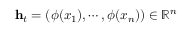
\mathbf { h } _ { t } = ( \phi ( x _ { 1 } ) , \cdots , \phi ( x _ { n } ) ) \in \mathbb { R } ^ { n }